Report by Surgeon-Captain Childe, I.M.S. - Part II
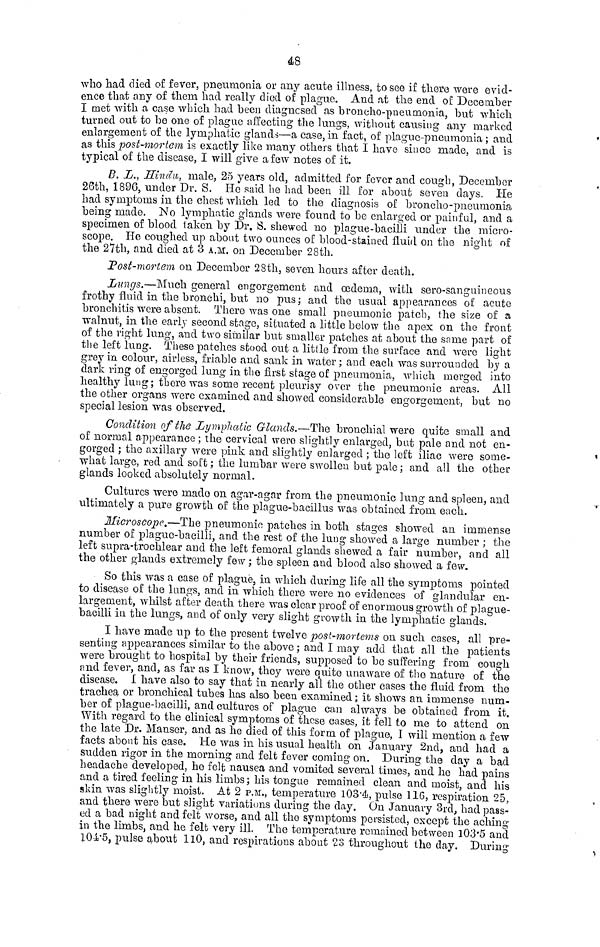
48
who had died of fever, pneumonia or any acute illness, to see if there were evid-
ence that any of them had really died of plague. And at the end of December
I met with a case which had been diagnosed as broncho-pneumonia, but which
turned out to be one of plague affecting the lungs, without causing any marked
enlargement of the lymphatic glands—a case, in fact, of plague-pneumonia ; and
as this post-mortem is exactly like many others that I have since made, and is
typical of the disease, I will give a few notes of it.
B. L., Hindu, male, 25 years old, admitted for fever and cough, December
26th, 1896, under Dr. S. He .said be had been ill for about seven days. He
had symptoms in the chest which, led to the diagnosis of broncho-pneumonia
being made. No lymphatic glands were found to be enlarged or painful, and a
specimen of blood taken by Dr. S. shewed no plague -bacilli under the micro-
scope. He coughed up about two ounces of blood-stained fluid on the night of
the 27th, and died at 3 A.M. on December 28th.
Post-mortem on December 28th, seven hours after death.
Lungs.—Much general engorgement and oedema, with sero-sanguineous
frothy fluid in the bronchi, but no pus; and the usual appearances of acute
bronchitis were absent. There was one small pneumonic patch, the size of a
walnut, in the early second stage, situated a little below the apex on the front
of the right lung-, and two similar but smaller patches at about the same part of
the left lung. These patches stood out a little from the surface and were light
grey in colour, airless, friable and sank in water ; and each was surrounded by a
dark ring of engorged lung in the first stage of pneumonia, which merged into
healthy lung; there was some recent pleurisy over the pneumonic areas. All
the other organs were examined and showed considerable engorgement, but no
special lesion was observed.
Condition of the Lymphatic Glands.—The bronchial were quite small and
of normal appearance ; the cervical were slightly enlarged, but pale and not en-
gorged ; the axillary were pink and slightly enlarged ; the left iliac were some-
what large, red and soft ; the lumbar were swollen but pale ; and all the other
glands looked absolutely normal.
Cultures were mado on agar-agar from the pneumonic lung and spleen, and
ultimately a pure growth of the plague-bacillus was obtained from each.
Microscope.—The pneumonic patches in both stages showed an immense
number of plague-bacilli, and the rest of the lung showed a large number ; the
left supra-trochlear and the left femoral glands shewed a fair number, and all
the other glands extremely few ; the spleen and blood also showed a few.
So this was a case of plague, in. which during life all the symptoms pointed
to disease of the lungs, and in which there were no evidences of glandular en-
largement, whilst after death there was clear proof of enormous growth of plague-
bacilli in the lungs, and of only very slight growth in the lymphatic glands.
I have made up to the present twelve post-mortems on such cases, all pre-
senting appearances similar to the above ; and I may add that all the patients
were brought to hospital by their friends, supposed to be suffering from cough
and fever, and, as far as I know, they were quite unaware of the nature of the
disease. I have also to say that in nearly all the other cases the fluid from the
trachea or bronchical tubes has also been examined ; it shows an immense num-
ber of plague-bacilli, and cultures of plague can always be obtained from it.
With regard to the clinical symptoms of those cases, it fell to me to attend on
the late Dr. Mauser, and as he died of this form of plague, I will mention a few
facts about his case. He was in his usual health on January 2nd, and had a
sudden rigor in the morning and felt fever coming on. During the day a bad
headache developed, he felt nausea and vomited several times, and he had pains
and a tired feeling in his limbs; his tongue remained clean and moist, and his
skin was slightly moist. At 2 P.M., temperature 103.4, pulse 116, respiration 25,
and there were but slight variations during the day. On January 3rd, had pass-
ed a bad night and felt worse, and all the symptoms persisted, except the aching
in the limbs, and he felt very ill. The temperature remained between 103.5 and
104.5, pulse about HO, and respirations about 23 throughout the day. During